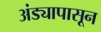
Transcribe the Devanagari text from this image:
अंड्यापासून